Civil Veterinary Department Bengal reports 1923-33 - 1923-1933
Year: 1923
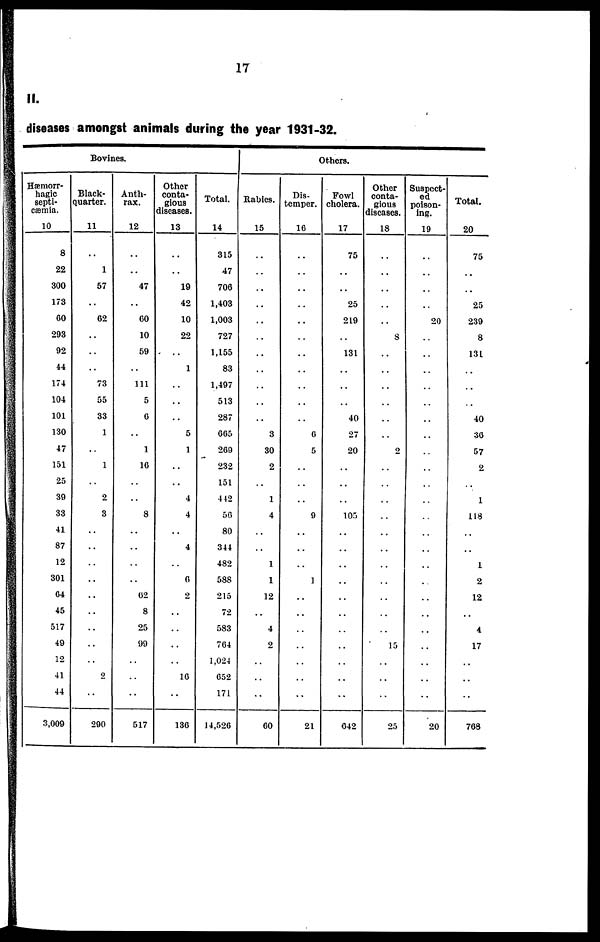
17
II.
diseases amongst animals during the year 1931-32.
Bovines.
Hæmorr-
hagic
septi-
cæmia.
10
8
22
300
173
60
293
92
44
174
104
101
130
47
151
25
39
33
41
87
12
301
64
45
517
49
12
41
44
3,009
Black-
quarter.
11
..
1
57
..
62
..
..
..
73
55
33
1
..
1
..
2
3
..
..
..
..
..
..
..
..
..
2
..
290
Anth-
rax.
12
..
..
47
..
60
10
59
..
111
5
6
..
1
16
..
..
8
..
..
..
..
62
8
25
99
..
..
..
517
Other
conta-
gious
diseases.
13
..
..
19
42
10
22
..
1
..
..
..
5
1
..
..
4
4
..
4
..
6
2
..
..
..
..
16
..
136
Total.
14
315
47
706
1,403
1,003
727
1,155
83
1,497
513
287
665
269
232
151
442
56
80
344
482
588
215
72
583
764
1,024
652
171
14,526
Others.
Rabies.
15
..
..
..
..
..
..
..
..
..
..
..
3
30
2
..
1
4
..
..
1
1
12
..
4
2
..
..
..
60
Dis-
temper.
16
..
..
..
..
..
..
..
..
..
..
..
6
5
..
..
..
9
..
..
..
1
..
..
..
..
..
..
..
21
Fowl
cholera.
17
75
..
..
25
219
..
131
..
..
..
40
27
20
..
..
..
105
..
..
..
..
..
..
..
..
..
..
..
642
Other
conta-
gious
diseases.
18
..
..
..
..
..
8
..
..
..
..
..
..
2
..
..
..
..
..
..
..
..
..
..
..
15
..
..
..
25
Suspect-
ed
poison-
ing.
19
..
..
..
..
20
..
..
..
..
..
..
..
..
..
..
..
..
..
..
..
..
..
..
..
..
..
..
..
20
Total.
20
75
..
25
239
8
131
..
..
..
40
36
57
2
..
1
118
..
..
1
2
12
..
4
17
..
..
..
768